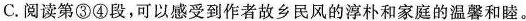
C.阅读第③④段，可以感受到作者故乡民风的淳朴和家庭的温馨和睦。